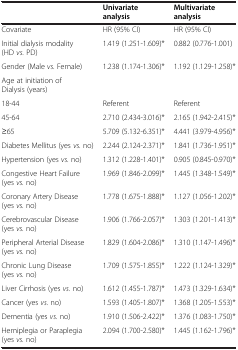
|  | Univariate analysis | Multivariate analysis |
 | --- | --- | --- |
 | Covariate | HR (95% CI) | HR (95% CI) |
 | Initial dialysis modality (HD vs. PD) | 1.419 (1.251-1.609)* | 0.882 (0.776-1.001) |
 | Gender (Male vs. Female) | 1.238 (1.174-1.306)* | 1.192 (1.129-1.258)* |
 | Age at initiation of Dialysis (years) |  |  |
 | 18-44 | Referent | Referent |
 | 45-64 | 2.710 (2.434-3.016)* | 2.165 (1.942-2.415)* |
 | ≥65 | 5.709 (5.132-6.351)* | 4.441 (3.979-4.956)* |
 | Diabetes Mellitus (yes vs. no) | 2.244 (2.124-2.371)* | 1.841 (1.736-1.951)* |
 | Hypertension (yes vs. no) | 1.312 (1.228-1.401)* | 0.905 (0.845-0.970)* |
 | Congestive Heart Failure (yes vs. no) | 1.969 (1.846-2.099)* | 1.445 (1.348-1.549)* |
 | Coronary Artery Disease (yes vs. no) | 1.778 (1.675-1.888)* | 1.127 (1.056-1.202)* |
 | Cerebrovascular Disease (yes vs. no) | 1.906 (1.766-2.057)* | 1.303 (1.201-1.413)* |
 | Peripheral Arterial Disease (yes vs. no) | 1.829 (1.604-2.086)* | 1.310 (1.147-1.496)* |
 | Chronic Lung Disease (yes vs. no) | 1.709 (1.575-1.855)* | 1.222 (1.124-1.329)* |
 | Liver Cirrhosis (yes vs. no) | 1.612 (1.455-1.787)* | 1.473 (1.329-1.634)* |
 | Cancer (yes vs. no) | 1.593 (1.405-1.807)* | 1.368 (1.205-1.553)* |
 | Dementia (yes vs. no) | 1.910 (1.506-2.422)* | 1.376 (1.083-1.750)* |
 | Hemiplegia or Paraplegia (yes vs. no) | 2.094 (1.700-2.580)* | 1.445 (1.162-1.796)* |